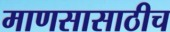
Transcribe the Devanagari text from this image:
माणसासाठीच